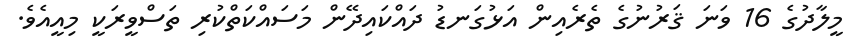
މީލާދުގެ 16 ވަނަ ޤަރުނުގެ ތެރެއިން އަޅުގަނޑު ދައްކައިދޭން މަސައްކަތްކުރި ތަސްވީރަކީ މިއީއެވެ.